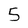
Character: 5